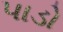
પાડો